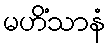
မဟိံသာနံ